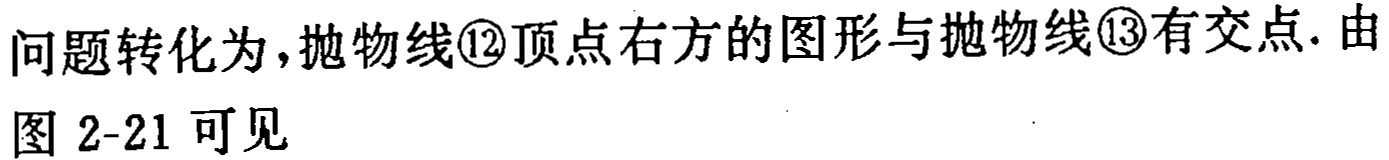
问题转化为,抛物线\textcircled{12}顶点右方的图形与抛物线\textcircled{13}有交点. 由图 2-21 可见